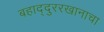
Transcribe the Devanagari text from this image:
बहाद्दुररखानाचा